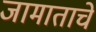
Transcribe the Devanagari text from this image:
जामाताचे